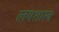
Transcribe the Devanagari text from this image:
लयशास्त्र